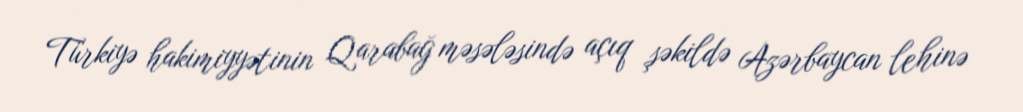
Türkiyə hakimiyyətinin Qarabağ məsələsində açıq şəkildə Azərbaycan lehinə